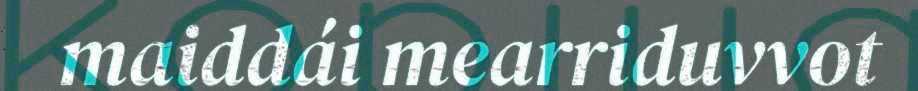
maiddái mearriduvvot